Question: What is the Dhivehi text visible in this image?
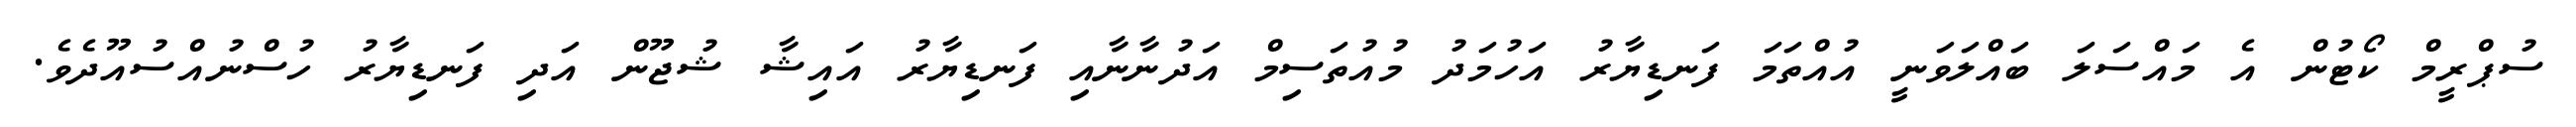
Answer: ސުޕްރީމް ކޯޓުން އެ މައްސަލަ ބައްލަވަނީ އުއްތަމަ ފަނޑިޔާރު އަހުމަދު މުއުތަސިމް އަދުނާނާއި ފަނޑިޔާރު އައިޝާ ޝުޖޫން އަދި ފަނޑިޔާރު ހުސްނުއްސުއޫދެވެ.